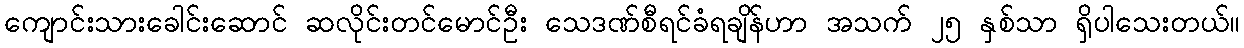
ကျောင်းသားခေါင်းဆောင် ဆလိုင်းတင်မောင်ဦး သေဒဏ်စီရင်ခံရချိန်ဟာ အသက် ၂၅ နှစ်သာ ရှိပါသေးတယ်။